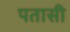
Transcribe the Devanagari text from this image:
पतासी